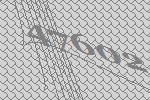
47602